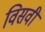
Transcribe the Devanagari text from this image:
विसवीं